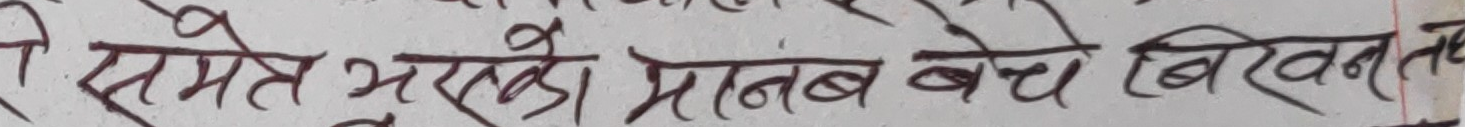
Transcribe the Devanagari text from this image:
समेत भयको प्रानब बेचे बिरवन